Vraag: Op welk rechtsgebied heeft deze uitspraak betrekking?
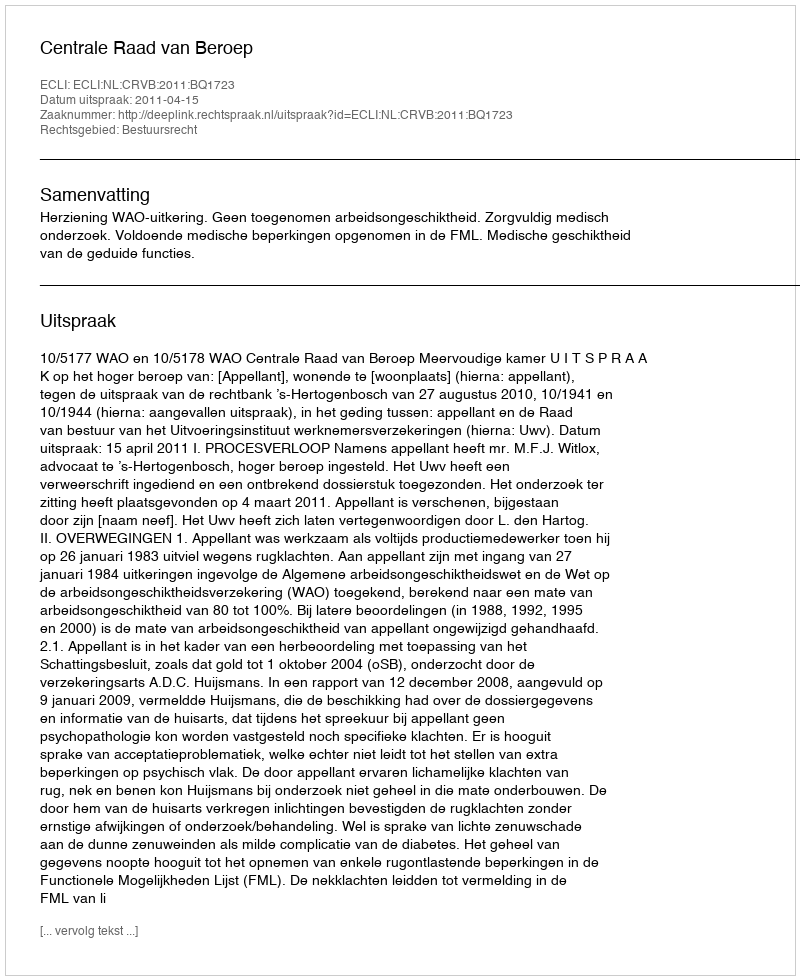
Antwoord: Bestuursrecht